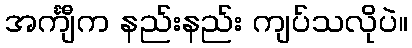
အင်္ကျီက နည်းနည်း ကျပ်သလိုပဲ။